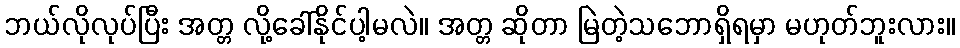
ဘယ်လိုလုပ်ပြီး အတ္တ လို့ခေါ်နိုင်ပါ့မလဲ။ အတ္တ ဆိုတာ မြဲတဲ့သဘောရှိရမှာ မဟုတ်ဘူးလား။